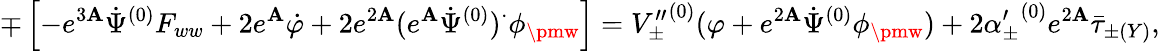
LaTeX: \mp\left[-e^{3\mathbf{A}}\dot{{\Psi}}^{(0)}F_{ww}+2e^{\mathbf{A}}\dot{{\varphi}}+2e^{2\mathbf{A}}(e^{\mathbf{A}}\dot{{\Psi}}^{(0)})^{\cdot}\phi_{\pmw}\right]={V_{\pm}^{\prime\prime}}^{(0)}(\varphi+e^{2\mathbf{A}}\dot{{\Psi}}^{(0)}\phi_{\pmw})+2{\alpha_{\pm}^{\prime}}^{(0)}e^{2\mathbf{A}}\bar{{\tau}}_{\pm(Y)},